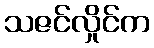
သဇင်လှိုင်က